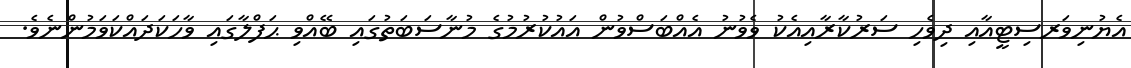
އެޔުނިވަރސިޓީއާއި ދިވެހި ސަރުކާރާއިއެކު ވެވުނު އެއްބަސްވުން އައުކުރުމުގެ މުނާސަބަތުގައި ބޭއްވި ޙަފްލާގައި ވާހަކަދައްކަވަމުންނެވެ.